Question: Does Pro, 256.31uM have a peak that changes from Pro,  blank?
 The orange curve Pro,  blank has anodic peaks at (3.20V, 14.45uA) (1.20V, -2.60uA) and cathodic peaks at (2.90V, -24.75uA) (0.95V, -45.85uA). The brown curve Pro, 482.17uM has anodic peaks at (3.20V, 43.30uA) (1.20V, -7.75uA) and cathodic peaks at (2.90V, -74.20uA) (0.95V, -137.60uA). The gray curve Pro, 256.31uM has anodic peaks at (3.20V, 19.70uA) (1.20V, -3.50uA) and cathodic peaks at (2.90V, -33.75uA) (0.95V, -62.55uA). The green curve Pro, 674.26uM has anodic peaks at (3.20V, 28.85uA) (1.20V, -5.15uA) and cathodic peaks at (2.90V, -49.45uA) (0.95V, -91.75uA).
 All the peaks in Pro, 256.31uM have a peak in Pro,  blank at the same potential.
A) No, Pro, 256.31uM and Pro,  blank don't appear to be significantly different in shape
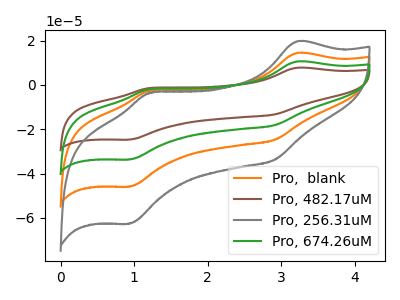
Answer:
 <answer>A) No, "Pro, 256.31uM" and "Pro,  blank" don't appear to be significantly different in shape</answer>
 <eval>A</eval>